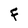
Character: F